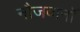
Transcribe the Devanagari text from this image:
नौजवानॉ